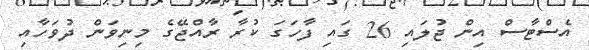
އެސްޓާސް އިން ޖުލައި 26 ގައި ފާހަގަ ކުރާ ރާއްޖޭގެ މިނިވަން ދުވަހާއި